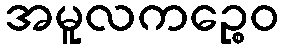
အမူလကဉ္စေဝ